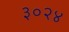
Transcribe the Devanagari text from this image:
३०२४